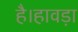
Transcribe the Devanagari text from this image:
है।हावड़ा